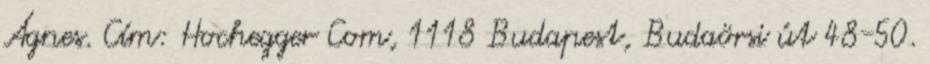
Ágnes. Cím: Hochegger Com, 1118 Budapest, Budaörsi út 48-50.